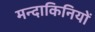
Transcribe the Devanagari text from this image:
मन्दाकिनियों